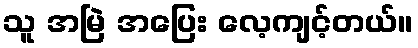
သူ အမြဲ အပြေး လေ့ကျင့်တယ်။